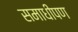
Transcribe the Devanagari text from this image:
समाधीपण